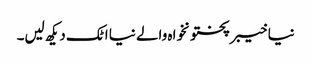
نیا خیبرپختونخواہ والے نیا اٹک دیکھ لیں۔